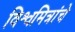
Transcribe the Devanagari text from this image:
विश्वमित्रांचे